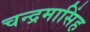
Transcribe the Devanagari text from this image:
चन्द्रमासिंह